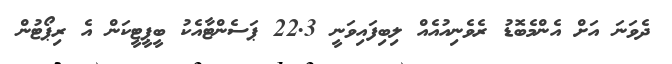
ދެވަނަ އަށް އެންމެބޮޑު ރެވެނިއުއެއް ލިބިފައިވަނީ 22.3 ޕަސެންޓާއެކު ބީޕީޓީކަން އެ ރިޕޯޓުން